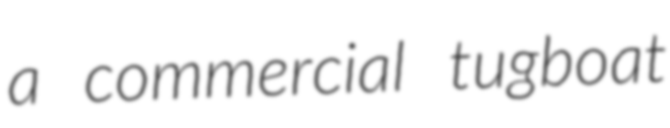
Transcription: a commercial tugboat